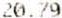
20.79